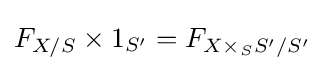
F_{X/S}\times 1_{S'}=F_{X\times _{S}S'/S'}